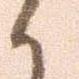
せ